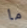
ما